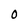
Character: O